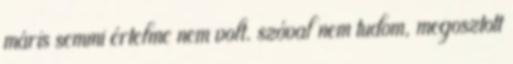
máris semmi értelme nem volt. szóval nem tudom, megosztott